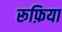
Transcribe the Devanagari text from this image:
रूफ़िया